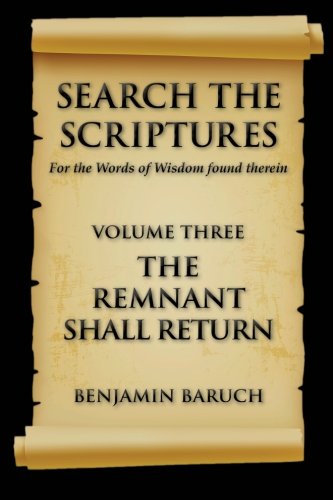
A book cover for Search The Scriptures: The Remnant Shall Return (Volume 3); Benjamin Baruch; Christian Books & Bibles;